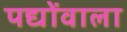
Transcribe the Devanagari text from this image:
पद्योंवाला